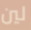
لين